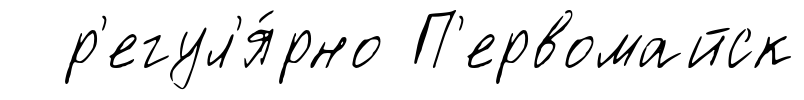
р'егул'я́рно П'ервомайск